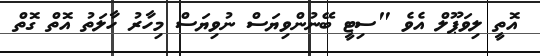
އޮތީ ލިވަޕޫލް އެވެ "ސިޓީ ބޭނުންވިޔަސް ނުވިޔަސް މިހާރު ހާލަތު އޮތް ގޮތް